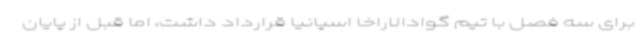
برای سه فصل با تیم گوادالاراخا اسپانیا قرارداد داشت، اما قبل از پایان